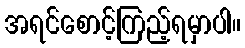
အရင်စောင့်ကြည့်ရမှာပါ။